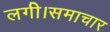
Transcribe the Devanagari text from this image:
लगी।समाचार